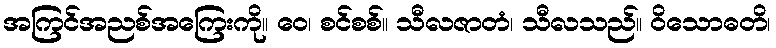
အကြင်အညစ်အကြေးကို။ ဝေ၊ စင်စစ်။ သီလဇာတံ၊ သီလသည်။ ဝိသောဓတိ၊